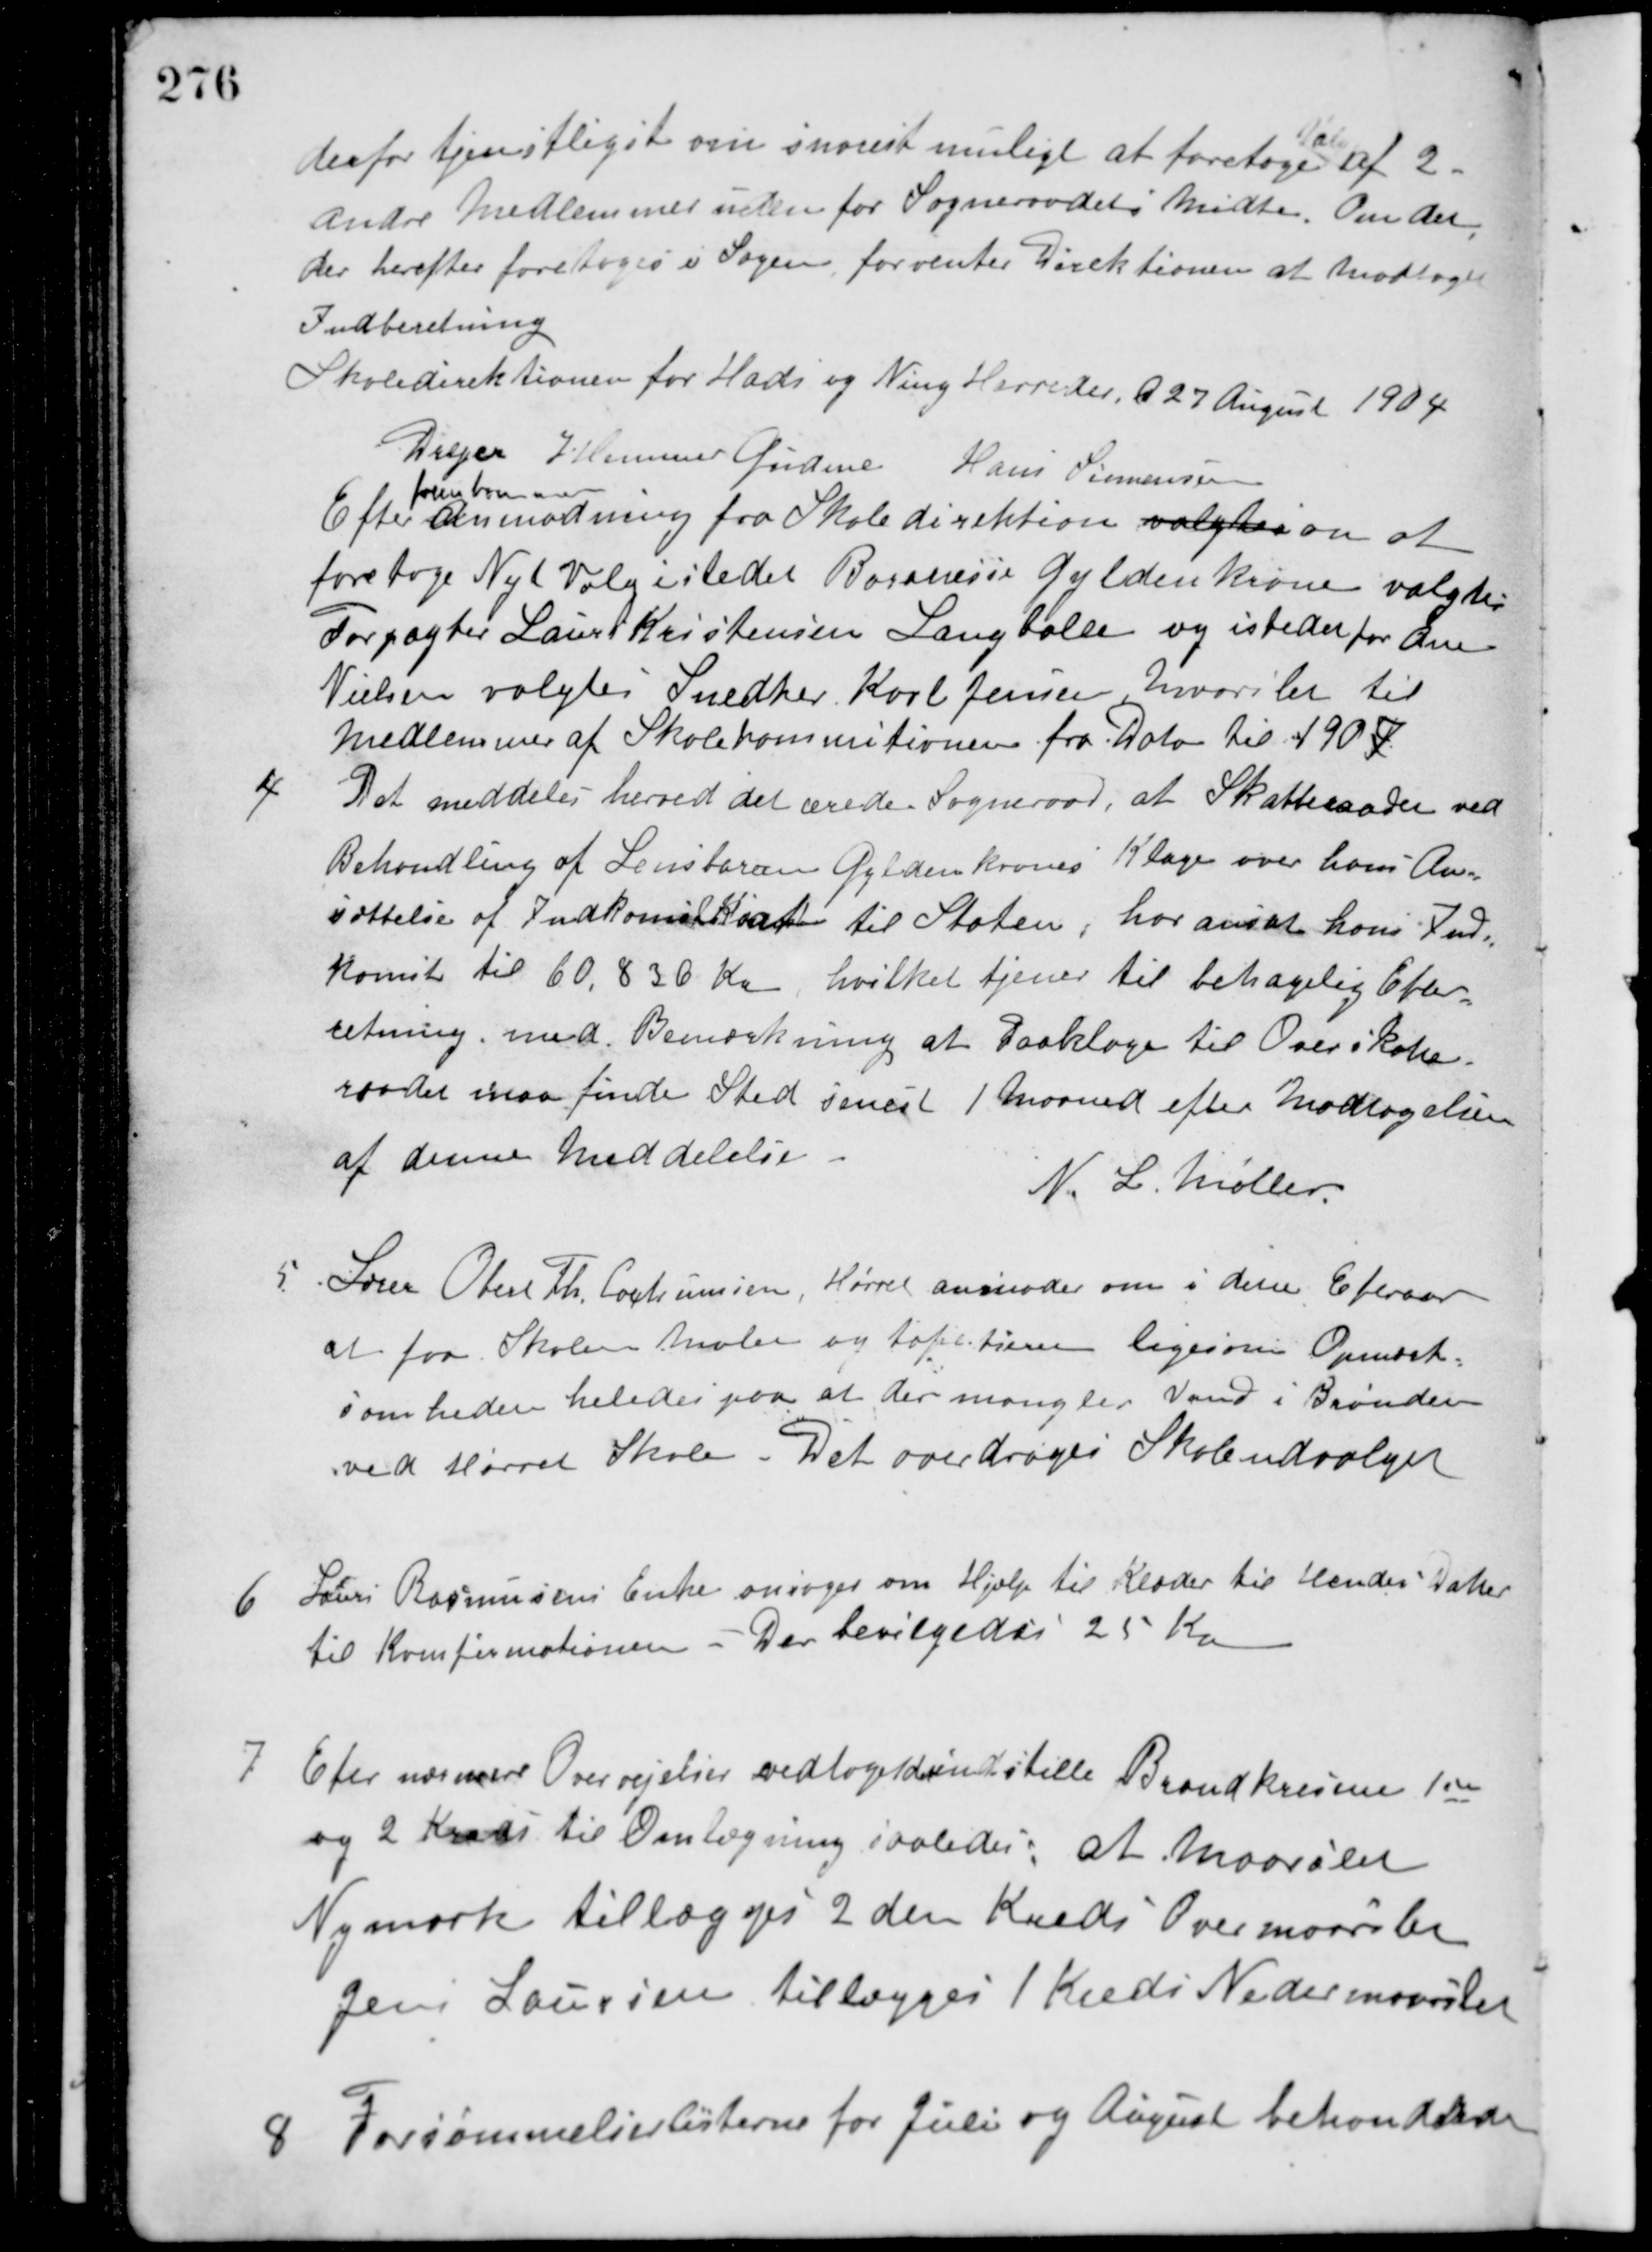
Transskription:
derfor tjenstligst om snarest muligt at foretage
Valg
af 2
Andre Medlemmer uden for Sogneraadets Midte. Om det
der herefter foretages i Sagen forventer Direktionen at modtage
Indberetning.
Skoledirektionen for Hads og Ning Herreder d. 27 August 1904
Drejer J. Hemmer Gudme Hans Sørensen
Efter
fremkommen
Anmodning fra Skoledirektion valgtes om at
foretage Nyt Valg i stedet Baronesse Gyldenkrone valgtes
Forpagter Laurs Kristensen Langballe og istedet for Ane
Nielsen valgtes Snedker Karl Jensen, Maarslet til
Medlemmer af Skolekommitionen fra Dato til 1907.
4 Det meddeles herved det ærede Sogneraad, at Skatteraadet ved
Behandling af Lensbaron Gyldenkrones Klage over hans An-
sættelse af Indkomstskat til Staten, har ansat hans Ind-
komst til 60.836 Kr., hvilket tjener til behagelig Efter-
retning med Bemærkning at Paaklage til Overskatte-
raadet maa finde Sted senest 1 Maaned efter Modtagelsen
af denne Meddelelse.
N. L. Møller.
5 Lærer Obert Th. Cochumsen, Hørret anmoder om i dette Efteraar
at faa Skolen Malet og tapetseret ligesom Opmærk-
somheden heledes paa at der mangler Vand i Brønden
ved Hørret Skole. Det overdroges Skoleudvalget.
6 Laurs Rasmussens Enke ansøger om Hjælp til Klæder til hendes Datter
til Konfirmationen. Der bevilgedes 25 Kr.
7 Efter nærmere Overvejelser vedtoges at indstille Brandkredsene 1ste
og 2 Kreds til Omlægning saaledes, at Maarslet
Nymark tillægges 2den Kreds Overmaarslet
Jens Laursen tillægges 1 Kreds Nedermaarslet.
8 Forsømmelseslisterne for Juli og August behandledes.